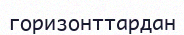
горизонттардан